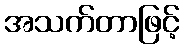
အသက်တာဖြင့်